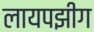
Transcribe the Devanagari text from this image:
लायपझीग